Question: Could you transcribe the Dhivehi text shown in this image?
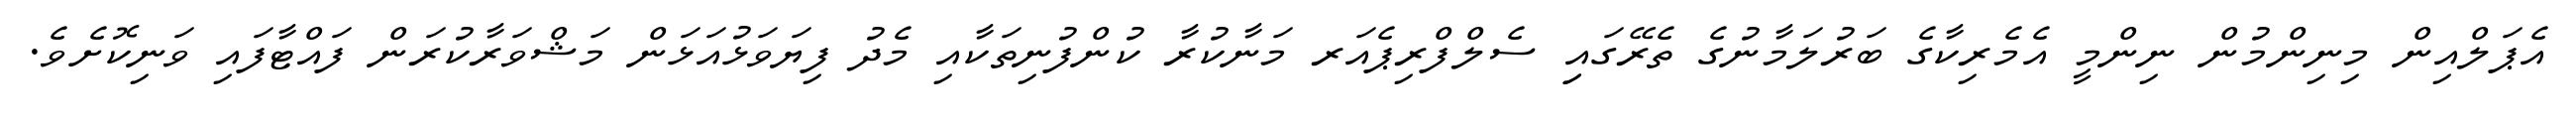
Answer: އެޕަލްއިން މިނިންމުން ނިންމީ އެމެރިކާގެ ބަރުލަމާނުގެ ތެރޭގައިި ސެލްފްރިޕެއަރ މަނާކުރާ ކުންފުނިތަކާއި މެދު ފިޔަވަޅުއަޅަން މަޝްވަރާކުރަން ފައްޓާފައި ވަނިކޮށެވެ.